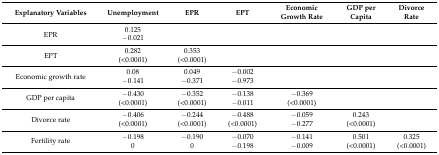
<table><thead><tr><td><b>Explanatory Variables</b></td><td><b>Unemployment</b></td><td><b>EPR</b></td><td><b>EPT</b></td><td><b>Economic Growth Rate</b></td><td><b>GDP per Capita</b></td><td><b>Divorce Rate</b></td></tr></thead><tbody><tr><td rowspan="2">EPR</td><td>0.125</td><td rowspan="2"></td><td rowspan="2"></td><td rowspan="2"></td><td rowspan="2"></td><td rowspan="2"></td></tr><tr><td>−0.021</td></tr><tr><td rowspan="2">EPT</td><td>0.282</td><td>0.353</td><td rowspan="2"></td><td rowspan="2"></td><td rowspan="2"></td><td rowspan="2"></td></tr><tr><td>(&lt;0.0001)</td><td>(&lt;0.0001)</td></tr><tr><td rowspan="2">Economic growth rate</td><td>0.08</td><td>0.049</td><td>−0.002</td><td rowspan="2"></td><td rowspan="2"></td><td rowspan="2"></td></tr><tr><td>−0.141</td><td>−0.371</td><td>−0.973</td></tr><tr><td rowspan="2">GDP per capita</td><td>−0.430</td><td>−0.352</td><td>−0.138</td><td>−0.369</td><td rowspan="2"></td><td rowspan="2"></td></tr><tr><td>(&lt;0.0001)</td><td>(&lt;0.0001)</td><td>−0.011</td><td>(&lt;0.0001)</td></tr><tr><td rowspan="2">Divorce rate</td><td>−0.406</td><td>−0.244</td><td>−0.488</td><td>−0.059</td><td>0.243</td><td rowspan="2"></td></tr><tr><td>(&lt;0.0001)</td><td>(&lt;0.0001)</td><td>(&lt;0.0001)</td><td>−0.277</td><td>(&lt;0.0001)</td></tr><tr><td rowspan="2">Fertility rate</td><td>−0.198</td><td>−0.190</td><td>−0.070</td><td>−0.141</td><td>0.501</td><td>0.325</td></tr><tr><td>0</td><td>0</td><td>−0.198</td><td>−0.009</td><td>(&lt;0.0001)</td><td>(&lt;0.0001)</td></tr></tbody></table>